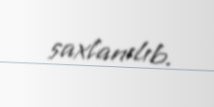
saxlanılıb.